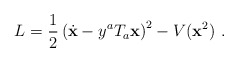
\begin{align*}L = \frac{1}{2}\left(\dot{\bf x} - y^aT_a {\bf x}\right)^2 -V({\bf x}^2)\ .\end{align*}